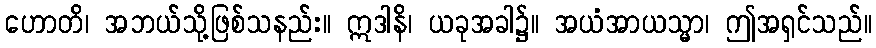
ဟောတိ၊ အဘယ်သို့ဖြစ်သနည်း။ ဣဒါနိ၊ ယခုအခါ၌။ အယံအာယသ္မာ၊ ဤအရှင်သည်။